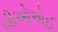
બીઓએઈ